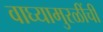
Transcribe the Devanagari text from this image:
वाघ्यामुरळींची